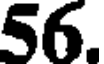
56.